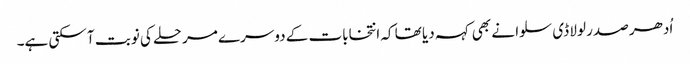
اُدھر صدر لولا ڈی سلوا نے بھی کہہ دیا تھا کہ انتخابات کے دوسرے مرحلے کی نوبت آ سکتی ہے۔